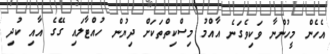
އެހެން މީހުންނާ ވަކިވެގަނެ އާއްމު މިސްކިތްތަކަށް ދިޔުން ހުއްޓާލައި ގޭގެ އާއި ކުދި